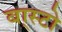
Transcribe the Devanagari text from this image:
बा्स्टो